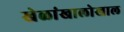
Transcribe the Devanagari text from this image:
खेळांखालोखाल